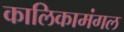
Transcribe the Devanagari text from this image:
कालिकामंगल